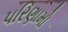
૫રિણામો